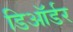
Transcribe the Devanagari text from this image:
डिऑर्डर